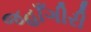
જહાઁગીરી